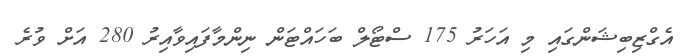
އެގްޒިބިޝަންގައި މި އަހަރު 175 ސްޓޯލް ބަހައްޓަން ނިންމާފައިވާއިރު 280 އަށް ވުރެ